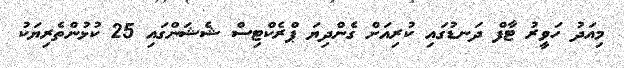
މިއަދު ހަވީރު ޓާފް ދަނޑުގައި ކުރިއަށް ގެންދިޔަ ޕްރެކްޓިސް ޝެޝަންގައި 25 ކުޅުންތެރިޔަކު